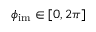
\phi _ { \mathrm { i m } } \in [ 0 , 2 \pi ]